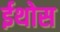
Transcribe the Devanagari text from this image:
ईथोस